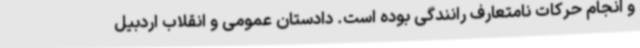
و انجام حرکات نامتعارف رانندگی بوده است. دادستان عمومی و انقلاب اردبیل